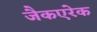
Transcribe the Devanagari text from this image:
जैकएरेक